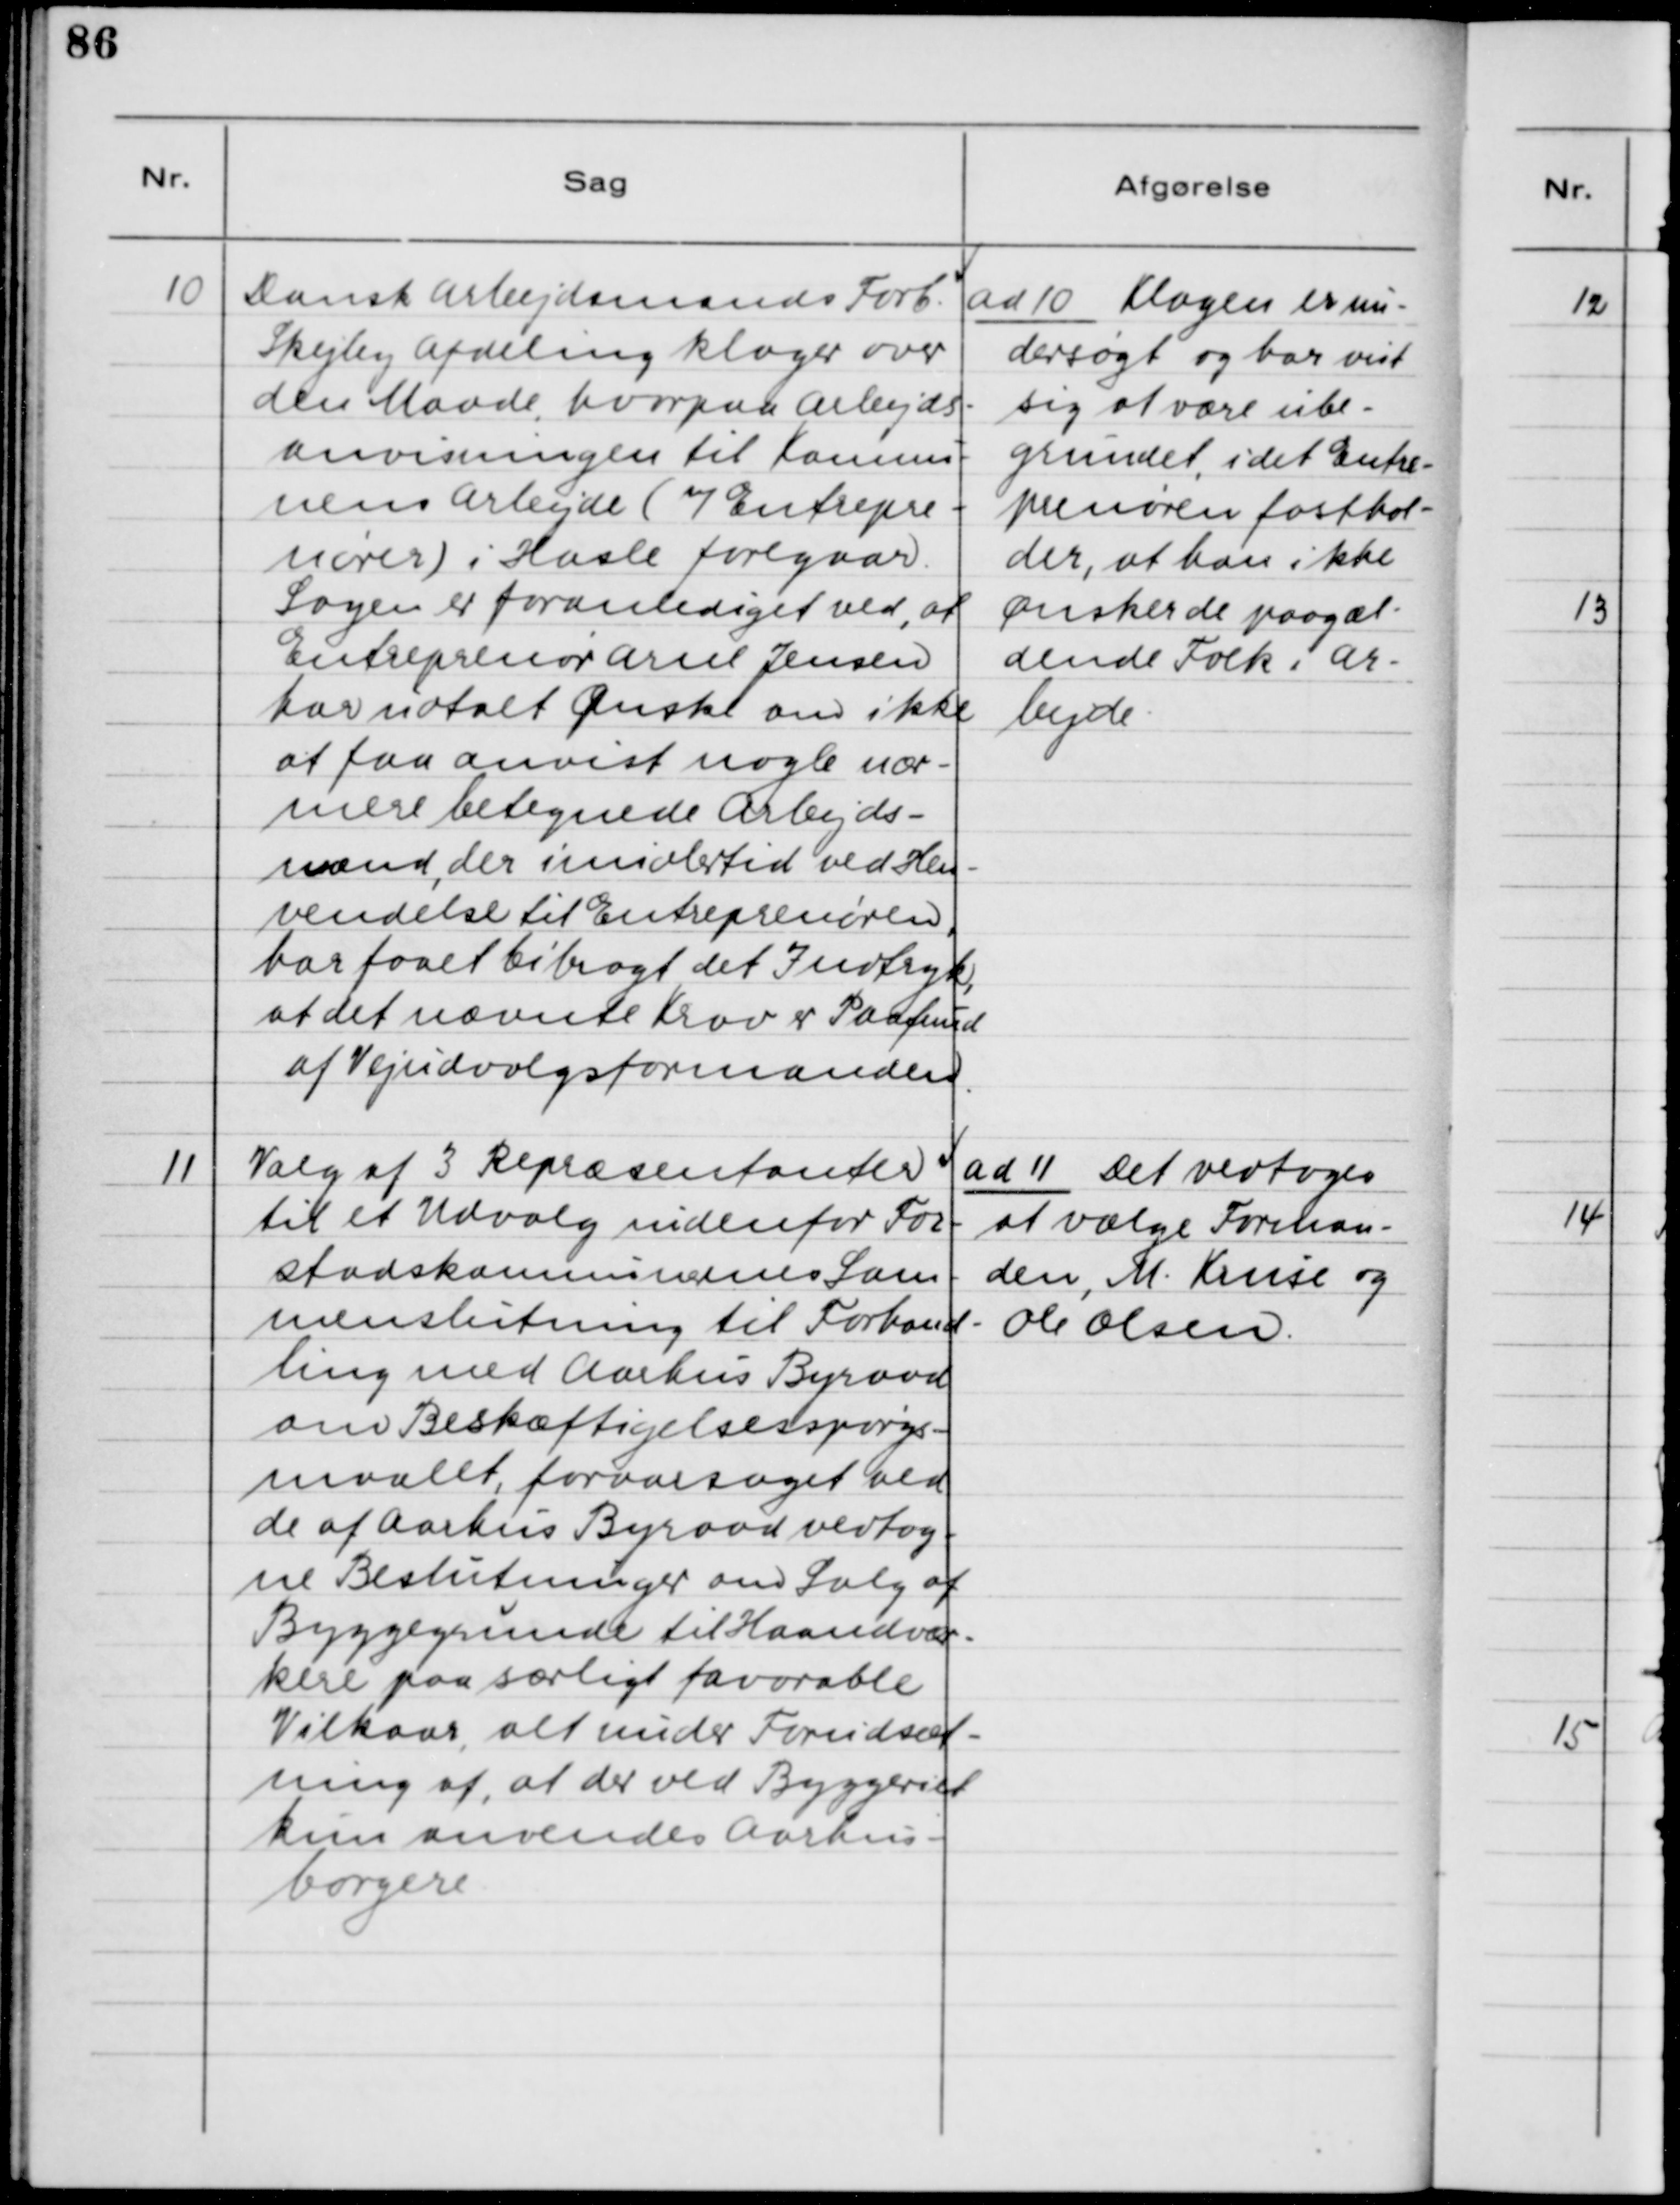
Transskription:
10. Dansk Arbejdsmands Forb.
Skejby Afdeling klager over
den Maade, hvorpaa Arbejds-
anvisningen til Kommu-
nens Arbejde (m/Entrepre-
nærer) i Hasle foregaar.
Sagen er foranlediget ved, at
Entreprenør Arne Jensen
har udtalt Ønske om ikke
at faa anvist nogle nær-
mere betegnede Arbejds-
mænd, der imidlertid ved Hen-
vendelse til Entreprenøren,
har faaet bibragt det Indtryk,
at det nævnte Krav er Paafund
af Vejudvalgetsformanden.

ad 10. Klagen er un-
dersøgt og har vist
sig at være ube-
grundet, idet Entre-
prenøren fasthol-
der, at han ikke
ønsker de paagæl-
dende Folk i Ar-
bejde.

11. Valg af 3 Repræsentanter
til et Udvalg indenfor For-
stadskommunens Sam-
menslutning til Forhand-
ling med Aarhus Byraad
om Beskæftigelsesspørgs-
maalet, forsaarsaget ved
de af Aarhus Byraad vedtag-
ne Beslutninger om Salg af
Byggegrunde til Haandvær-
kere paa særligt favorable
Vilkaar, alt under Forudsæt-
ning af, at der ved Byggeriet
kun anvendes Aarhus-
borgere.

ad 11. Det vedtoges
at vælge Forman-
den, M. Kruse og
Ole Olsen.